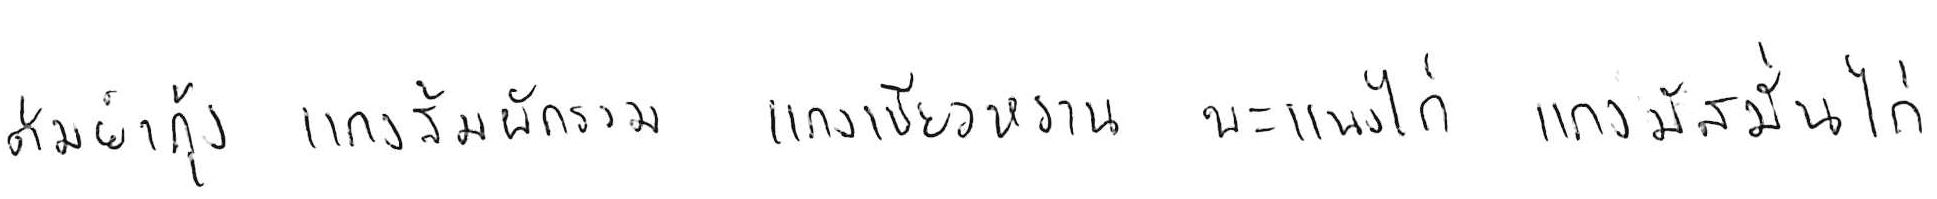
ต้มยำกุ้ง แกงส้มผักรวม แกงเขียวหวาน พะแนงไก่ แกงมัสมั่นไก่